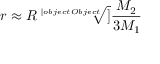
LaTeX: r \approx R { \sqrt [ [object Object] ] { \frac { M _ { 2 } } { 3 M _ { 1 } } } }